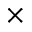
\times